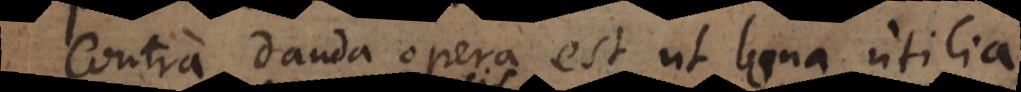
Contra danda opera est ut bona utilia